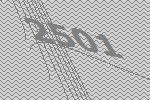
2501